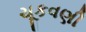
ચૂકવણી